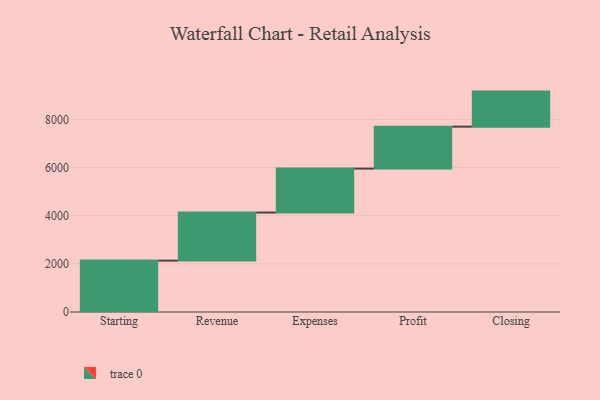
{"axis": {"x": "Step", "y": "Value"}, "legend": [""], "data": [{"x": "Starting", "y": 2134.0, "type": ""}, {"x": "Revenue", "y": 1997.0, "type": ""}, {"x": "Expenses", "y": 1825.0, "type": ""}, {"x": "Profit", "y": 1743.0, "type": ""}, {"x": "Closing", "y": 1455.0, "type": ""}]}